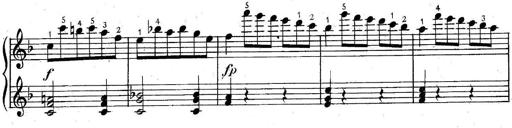
Title: 6 Easy Sonatinas
Composer: Carl Czerny